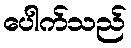
ပေါက်သည်